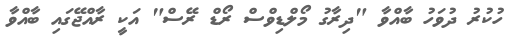
ހުކުރު ދުވަހު ބާއްވާ "ދިރާގު މޯލްޑިވްސް ރޯޑް ރޭސް" އަކީ ރާއްޖޭގައި ބާއްވާ